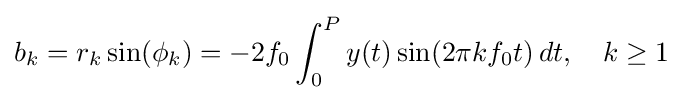
b_{k}=r_{k}\sin(\phi _{k})=-2f_{0}\int _{0}^{P}y(t)\sin(2\pi kf_{0}t)\,dt,\quad k\geq 1